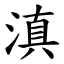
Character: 滇